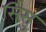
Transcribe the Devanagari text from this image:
सिसु